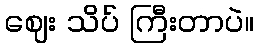
ဈေး သိပ် ကြီးတာပဲ။